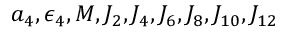
a _ { 4 } , \epsilon _ { 4 } , M , J _ { 2 } , J _ { 4 } , J _ { 6 } , J _ { 8 } , J _ { 1 0 } , J _ { 1 2 }